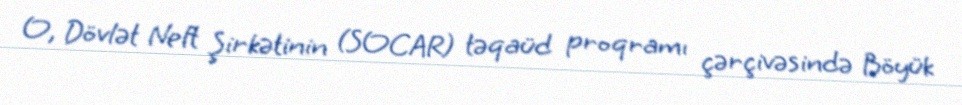
O, Dövlət Neft Şirkətinin (SOCAR) təqaüd proqramı çərçivəsində Böyük